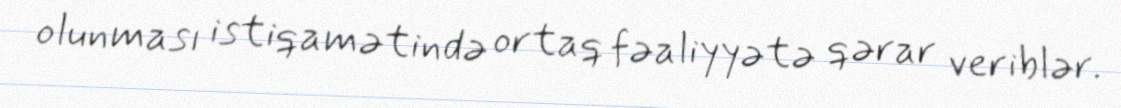
olunması istiqamətində ortaq fəaliyyətə qərar veriblər.